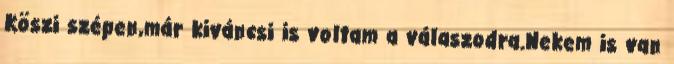
Köszi szépen,már kiváncsi is voltam a válaszodra.Nekem is van